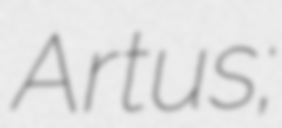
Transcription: Artus;